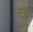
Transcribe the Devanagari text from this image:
क्‍